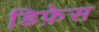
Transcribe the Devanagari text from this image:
डिफ़ेस